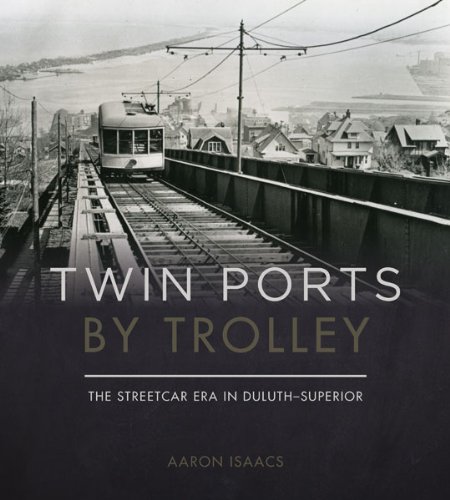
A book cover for Twin Ports by Trolley: The Streetcar Era in Duluth_Superior; Aaron Isaacs; Engineering & Transportation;